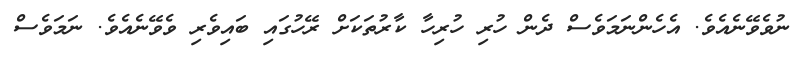
ނުވެވޭނެއެވެ. އެހެންނަމަވެސް ދެން ހުރި ހުރިހާ ކާރުތަކަށް ރޭހުގައި ބައިވެރި ވެވޭނެއެވެ. ނަމަވެސް